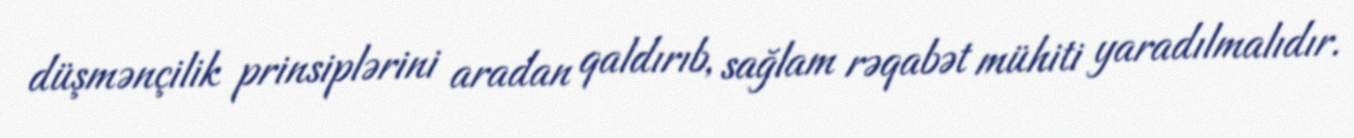
düşmənçilik prinsiplərini aradan qaldırıb, sağlam rəqabət mühiti yaradılmalıdır.